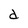
Character: d